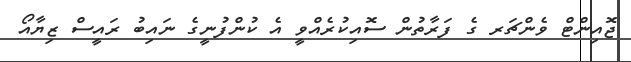
ޖޮއިންޓް ވެންޗަރ ގެ ފަރާތުން ސޮއިކުރެއްވީ އެ ކުންފުނީގެ ނައިބު ރައީސް ޒިޔާއޯ